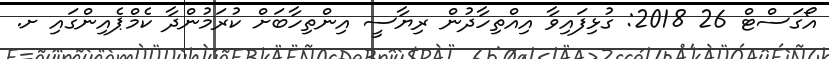
އޯގަސްޓް 26 2018: ގުޅިފައިވާ އިއްތިހާދުން ރިޔާސީ އިންތިހާބަށް ކުރަމުންދާާ ކެމްޕެއިންގައި ށ.